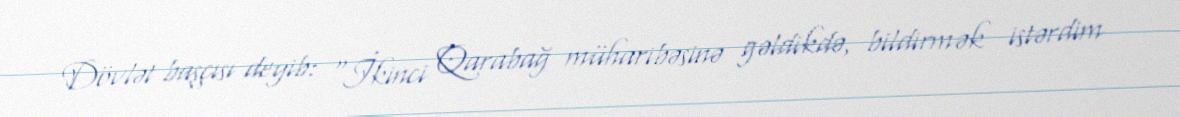
Dövlət başçısı deyib: "İkinci Qarabağ müharibəsinə gəldikdə, bildirmək istərdim